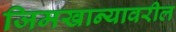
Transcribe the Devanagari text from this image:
जिमखान्यावरील